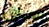
لسباق